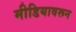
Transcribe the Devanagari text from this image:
मीडियावरून